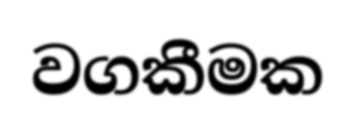
වගකීමක